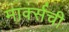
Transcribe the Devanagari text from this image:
मार्क्‍सची